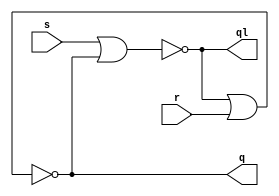
//implementacao estrutural  do flip flop tipo d disparado por borda ascendente

//latch basica com portas nor
module basic_latch (q, ql, s, r);
  //entradas e saidas
  input s,r;
  output q, ql;
  
  nor (ql, s, q);
  nor (q, ql, r);
  
endmodule
  
//flip flop composto de duas latches tipo d, com duas portas and e uma latch basica cada
module d_flip_flop(q, ql, d, clk); 
  //entradas e saidas
  input d, clk;
  output q, ql;
  
  //fios
  wire s, r, p, np, clkl, nd, s2, r2;
  
  not (clkl, clk);
  not (nd, d);
  
  //primeira latch do tipo d
  and (r, nd, clkl);
  and (s, d, clkl);
  basic_latch bl1 (p, np, s, r);
  
  //segunda latch do tipo d, cujas entradas sao saidas da primeira
  and(r2, np, clk);
  and(s2, p, clk);
  basic_latch bl2 (q, ql, s2, r2);
  
endmodule